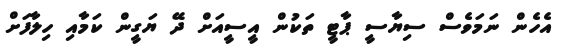
އެހެން ނަމަވެސް ސިޔާސީ ޕާޓީ ތަކުން އީސީއަށް ދޭ ޔަގީން ކަމާއި ހިލާފަށް